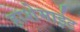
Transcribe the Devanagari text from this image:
हाशेमाईट